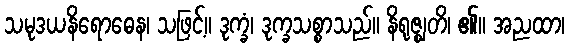
သမုဒယနိရောဓေန၊ သဖြင့်။ ဒုက္ခံ၊ ဒုက္ခသစ္စာသည်။ နိရုဇ္ဈတိ၊ ၏။ အညထာ၊